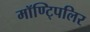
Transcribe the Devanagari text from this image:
मॉण्ट्पिलिर